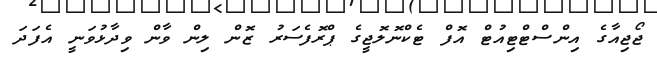
ޖޯޖިއާގެ އިންސްޓްޓިއުޓް އޮފް ޓެކްނޮލޮޖީގެ ޕްރޮފެސަރު ޒޮން ލިން ވާން ވިދާޅުވަނީ އެފަދަ